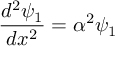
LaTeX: { \frac { d ^ { 2 } \psi _ { 1 } } { d x ^ { 2 } } } = \alpha ^ { 2 } \psi _ { 1 }